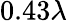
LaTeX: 0.43\lambda